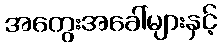
အတွေးအခေါ်များနှင့်